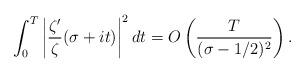
LaTeX: \begin{align*}\int_0^T \left| \frac{\zeta'}{\zeta}(\sigma+it) \right|^2 dt = O\left( \frac{T}{(\sigma-1/2)^2} \right). \end{align*}